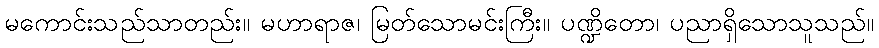
မကောင်းသည်သာတည်း။ မဟာရာဇ၊ မြတ်သောမင်းကြီး။ ပဏ္ဍိတော၊ ပညာရှိသောသူသည်။